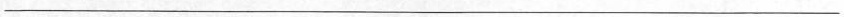
___